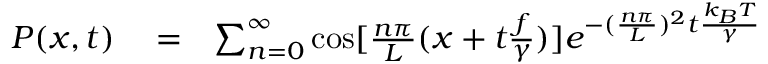
\begin{array} { r l r } { P ( x , t ) } & { { } = } & { \sum _ { n = 0 } ^ { \infty } \cos [ { \frac { n \pi } { L } } ( x + t { \frac { f } { \gamma } } ) ] e ^ { - ( { \frac { n \pi } { L } } ) ^ { 2 } t { \frac { k _ { B } T } { \gamma } } } } \end{array}